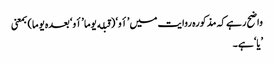
واضح رہے کہ مذکورہ روایت میں ’أو‘ (قبله یوما ’أو‘ بعدہ یوما) بمعنی
’یا‘ ہے۔